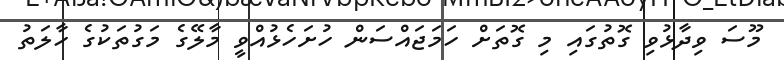
މޫސަ ވިދާޅުވި ގޮތުގައި މި ގޮތަށް ހަމަޖައްސަން ހުށަހެޅުއްވީ މާލޭގެ މަގުތަކުގެ ހާލަތު